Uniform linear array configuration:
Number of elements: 64
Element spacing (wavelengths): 0.75
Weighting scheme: binomial
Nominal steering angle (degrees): -60
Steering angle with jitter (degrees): -58.929
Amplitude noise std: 0.05
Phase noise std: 0.05

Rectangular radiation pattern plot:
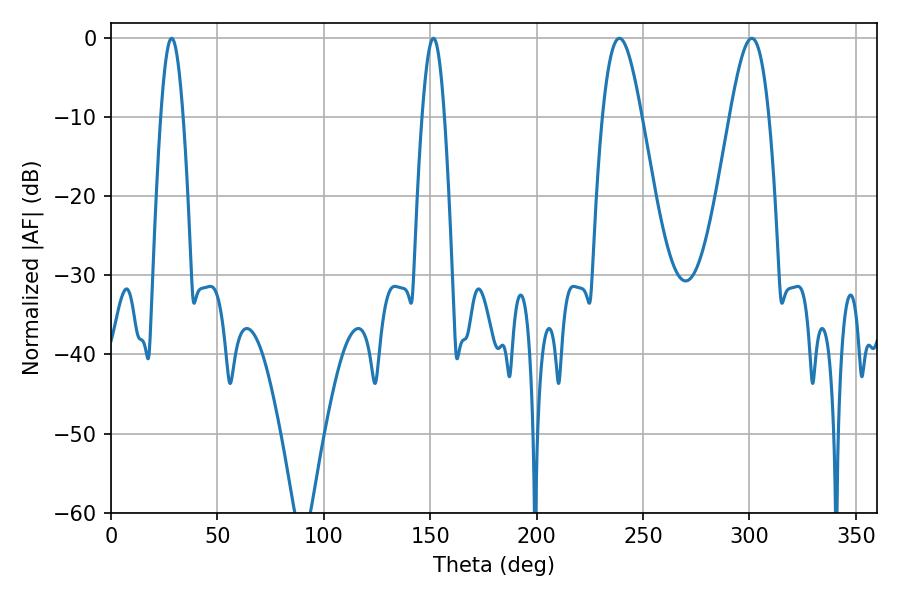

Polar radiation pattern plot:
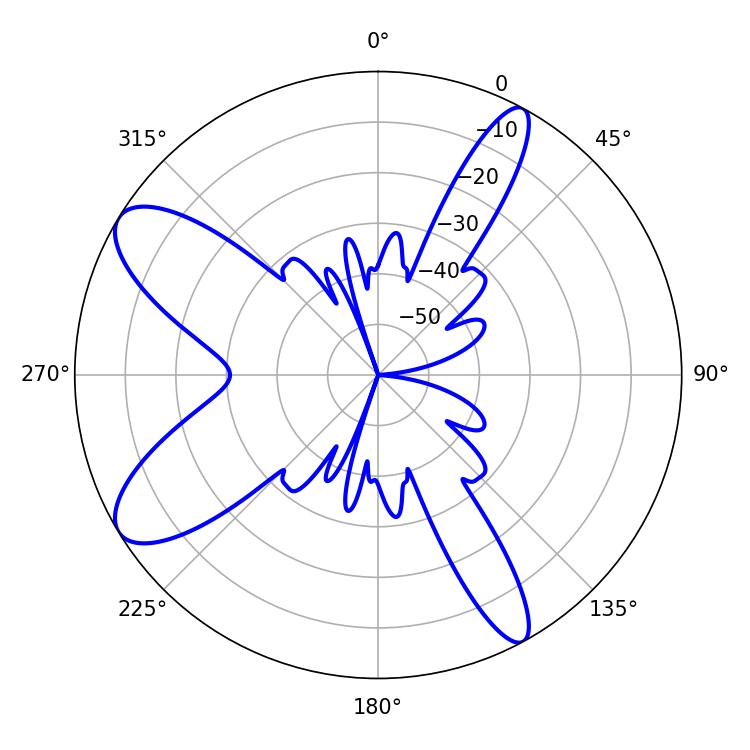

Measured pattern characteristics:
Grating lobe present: TRUE
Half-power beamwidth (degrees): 9.9
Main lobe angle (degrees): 238.86